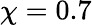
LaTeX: \chi=0.7